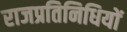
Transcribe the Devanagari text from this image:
राजप्रतिनिधियों